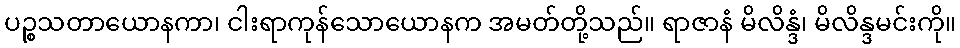
ပဉ္စသတာယောနကာ၊ ငါးရာကုန်သောယောနက အမတ်တို့သည်။ ရာဇာနံ မိလိန္ဒံ၊ မိလိန္ဒမင်းကို။